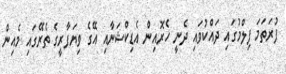
ފުރަތަމަ ފިލްމުގައި ދައްކުވައި ދެނީ ހެރޮއިން އެޑިކްޝަނާއި އޭގެ ވިޔަފާރީގެ ތެރޭގައި މެއިން